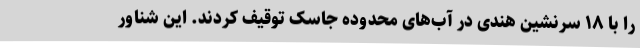
را با ۱۸ سرنشین هندی در آب‌های محدوده جاسک توقیف کردند. این شناور